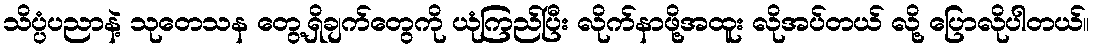
သိပ္ပံပညာနဲ့ သုတေသန တွေ့ရှိချက်တွေကို ယုံကြည်ပြီး လိုက်နာဖို့အထူး လိုအပ်တယ် လို့ ပြောလိုပါတယ်။